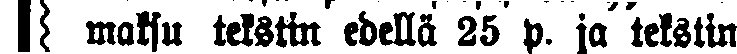
# maksu tekstin edellä 25 p. ja tekstin